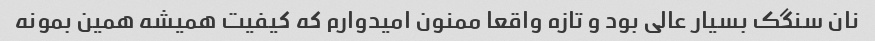
نان سنگک بسیار عالی بود و تازه واقعا ممنون امیدوارم که کیفیت همیشه همین بمونه